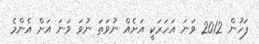
ފަހުން 2012 ވަނަ އަހަރަކީ އަށެއް ނުވަތަ ނުވަ ވަނަ އަށް އެންމެ